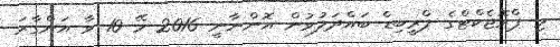
މި ޕްރޮޖެކްޓްގެ ޕްރީބިޑް ބައްދަލުވުން އޮންނާނީ 2016 މޭ 10 ވާ އަންގާރަ